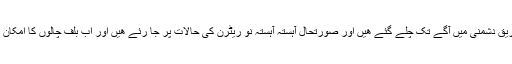
دونوں فریق دشمنی میں آگے تک چلے گئے ھیں اور صورتحال آہستہ آہستہ نو ریٹرن کی حالات پر جا رئے ھیں اور اب بلف چالوں کا امکان نہیں رہا۔